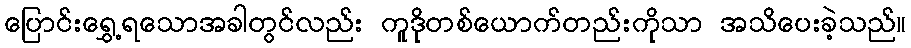
ပြောင်းရွှေ့ရသောအခါတွင်လည်း ကူဒိုတစ်ယောက်တည်းကိုသာ အသိပေးခဲ့သည်။